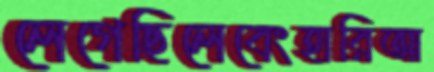
লেগেছিলেবেংহারিআ